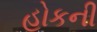
હોકની